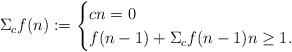
LaTeX: \begin{align*}\Sigma_c f (n) := \begin{cases}c n = 0 \\f(n-1) + \Sigma_c f(n-1) n \ge 1.\end{cases} \end{align*}